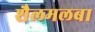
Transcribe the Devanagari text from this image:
शैलमलबा